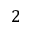
2